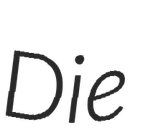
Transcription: Die